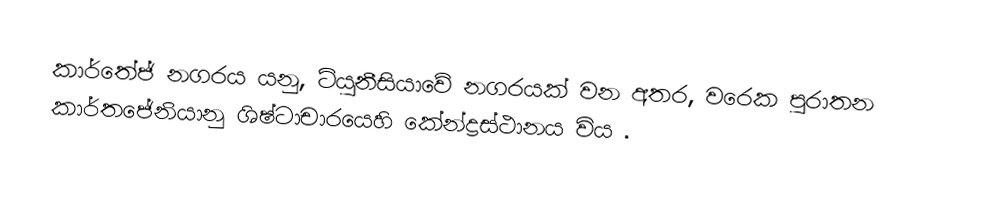
කාර්තේජ් නගරය යනු,   ටියුනීසියාවේ නගරයක් වන අතර,  වරෙක පුරාතන කාර්තජේනියානු ශිෂ්ටාචාරයෙහි කේන්ද්‍රස්ථානය විය .